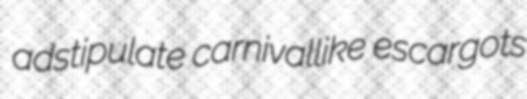
adstipulate carnivallike escargots